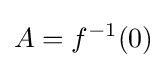
A=f^{-1}(0)